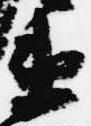
衛